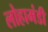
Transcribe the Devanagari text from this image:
लोहामंडी